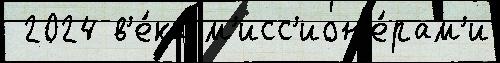
 2024 в'е́ка м'исс'ион'е́рам'и